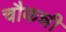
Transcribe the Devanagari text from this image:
चौकन्नी